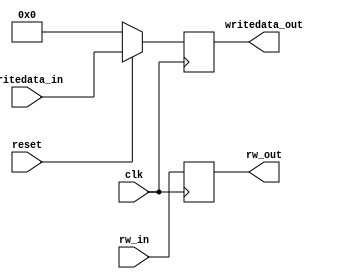
`timescale 1ns / 1ps
//////////////////////////////////////////////////////////////////////////////////
// Company: 
// Engineer: 
// 
// Design Name: 
// Module Name:    Writeback 
// Project Name: 
// Target Devices: 
// Tool versions: 
// Description: 
//
// Dependencies: 
//
// Revision: 
// Revision 0.01 - File Created
// Additional Comments: 
//
//////////////////////////////////////////////////////////////////////////////////
module Writeback(writedata_in,writedata_out,rw_out,rw_in,clk,reset
    );
	 
input [31:0] writedata_in;
output reg [31:0] writedata_out;
output reg [4:0] rw_out;
input [4:0] rw_in;
input clk,reset;

wire [31:0] writedata_out_temp;
assign writedata_out_temp = (reset == 0) ? 32'b0000_0000_0000_0000_0000_0000_0000_0000 : writedata_in;

//Sequential Block for assigning outputs at positive edge of the clock
always@(posedge clk)
begin
	rw_out <= rw_in;
	writedata_out <= writedata_out_temp; 
end

endmodule